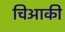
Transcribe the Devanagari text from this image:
चिआकी